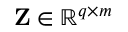
\mathbf { Z } \in \mathbb { R } ^ { q \times m }